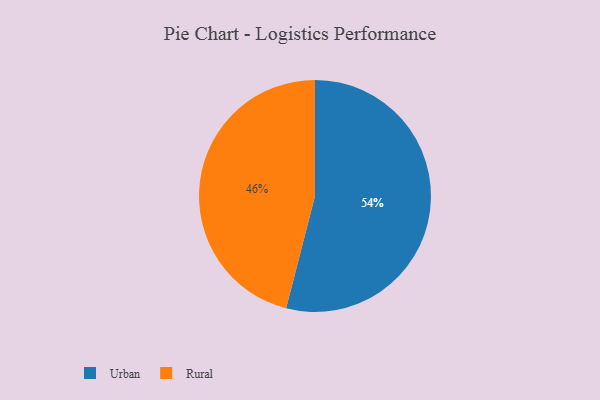
{"axis": {"x": "Category", "y": "Percentage"}, "legend": ["Rural", "Urban"], "data": [{"x": "Rural", "y": 46, "type": "Rural"}, {"x": "Urban", "y": 54, "type": "Urban"}]}